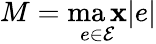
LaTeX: M=\operatorname*{ma\mathbf{x}}_{e\in\mathcal{{E}}}|e|